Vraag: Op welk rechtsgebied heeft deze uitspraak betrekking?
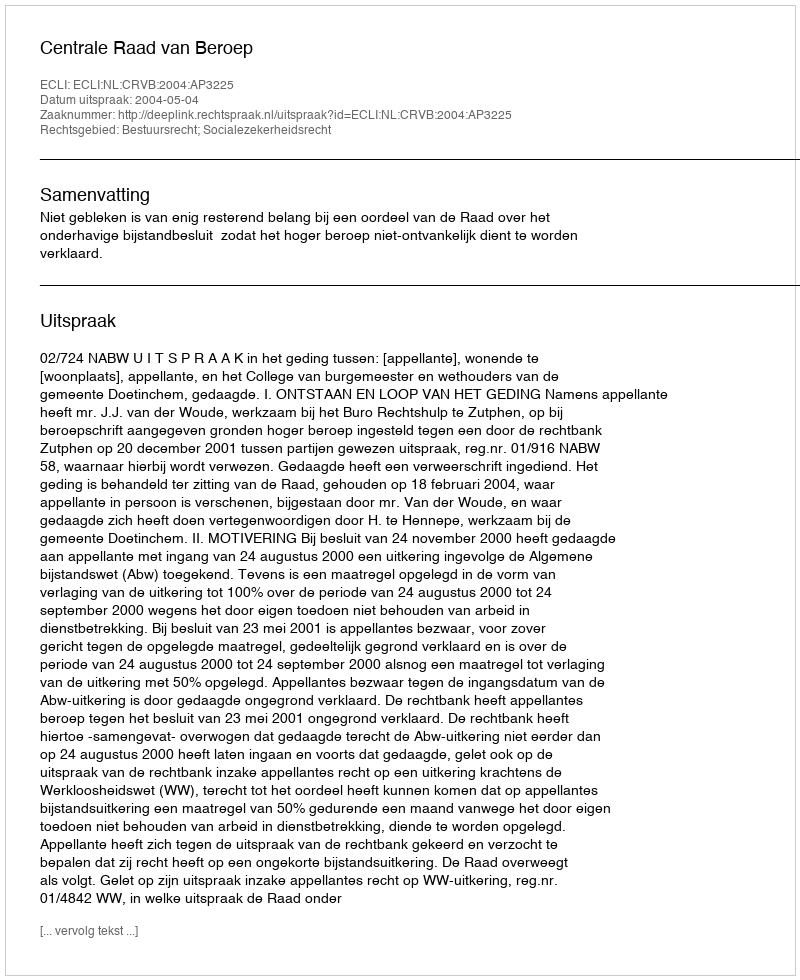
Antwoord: Bestuursrecht; Socialezekerheidsrecht